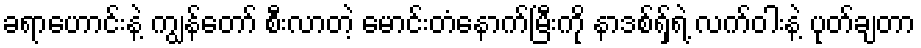
ခရာဟောင်းနဲ့ ကျွန်တော် စီးလာတဲ့ မောင်းတံနောက်မြီးကို နာဒစ်ရှ်ရဲ့ လက်ဝါးနဲ့ ပုတ်ချတာ